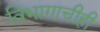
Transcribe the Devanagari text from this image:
विभागाचीही